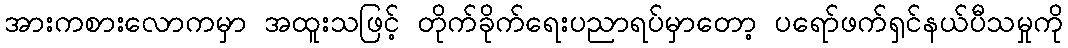
အားကစားလောကမှာ အထူးသဖြင့် တိုက်ခိုက်ရေးပညာရပ်မှာတော့ ပရော်ဖက်ရှင်နယ်ပီသမှုကို